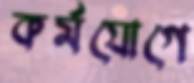
কর্মযোগে